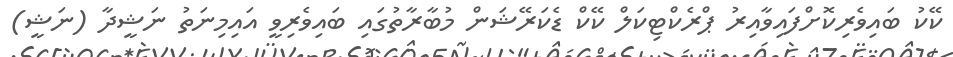
ކޭކު ބައިވެރިކޮށްފައިވާއިރު ޕްރެކްޓިކަލް ކޭކް ޑެކަރޭޝަން މުބާރާތުގައި ބައިވެރިވީ އައިމިނަތު ނަޝީދާ (ނަޝީ)